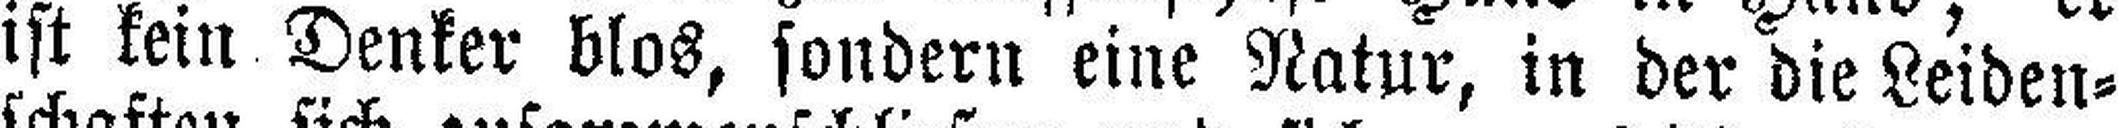
ist kein Denker blos, sondern eine Natur, in der die Leiden¬